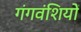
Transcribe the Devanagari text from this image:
गंगवंशियों